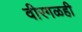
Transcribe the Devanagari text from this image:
वीरगळही